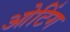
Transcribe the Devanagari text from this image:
ओटिंग